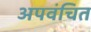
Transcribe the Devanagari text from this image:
अपवंचित